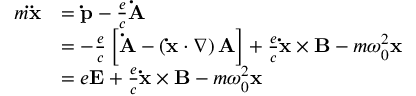
{ \begin{array} { r l } { m \mathbf { \ddot { x } } } & { = \mathbf { \dot { p } } - { \frac { e } { c } } \mathbf { \dot { A } } } \\ & { = - { \frac { e } { c } } \left[ \mathbf { \dot { A } } - \left( \mathbf { \dot { x } } \cdot \nabla \right) \mathbf { A } \right] + { \frac { e } { c } } \mathbf { \dot { x } } \times \mathbf { B } - m \omega _ { 0 } ^ { 2 } \mathbf { x } } \\ & { = e \mathbf { E } + { \frac { e } { c } } \mathbf { \dot { x } } \times \mathbf { B } - m \omega _ { 0 } ^ { 2 } \mathbf { x } } \end{array} }